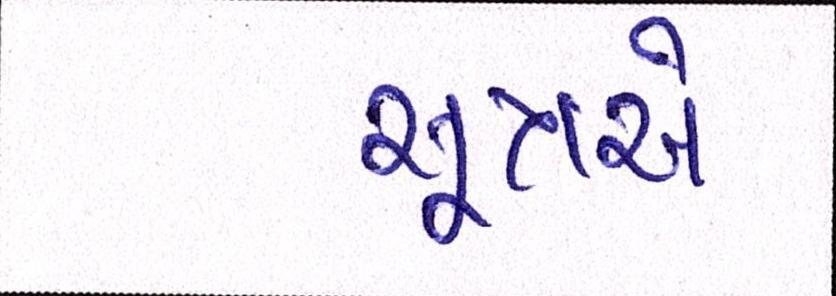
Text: સૂત્રએ